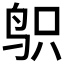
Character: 𱉙